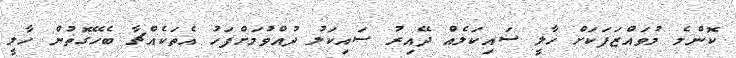
ކޮންމެ މުވައްޒަފަކަށް ހާލީ ސައިކަލެއް ދޭއިރު ސައިކަލު ދުއްވުމަށްފަހު އެތަކެއްޗާ ބެހޭގޮތުން ހާލީ